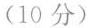
(10 分)